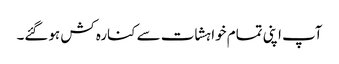
آپ اپنی تمام خواہشات سے کنارہ کش ہوگئے۔